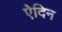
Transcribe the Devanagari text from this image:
ऐदिन